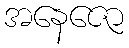
အနေဇော